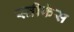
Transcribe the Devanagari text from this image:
स्तीफंस